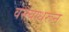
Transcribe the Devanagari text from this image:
वस्त्याधरून